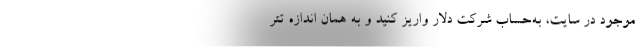
موجود در سایت، به‌حساب شرکت دلار واریز کنید و به همان اندازه تتر